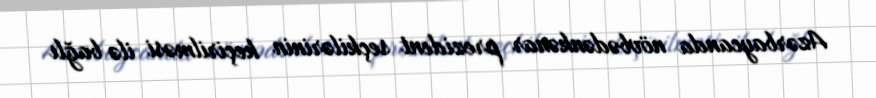
Azərbaycanda növbədənkənar prezident seçkilərinin keçirilməsi ilə bağlı